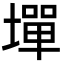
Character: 墠